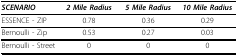
<table><thead><tr><td><b><i>SCENARIO</i></b></td><td><b><i>2 Mile Radius</i></b></td><td><b><i>5 Mile Radius</i></b></td><td><b><i>10 Mile Radius</i></b></td></tr></thead><tbody><tr><td>ESSENCE - ZIP</td><td>0.78</td><td>0.36</td><td>0.29</td></tr><tr><td>Bernoulli - Zip</td><td>0.53</td><td>0.27</td><td>0.03</td></tr><tr><td>Bernoulli - Street</td><td>0</td><td>0</td><td>0</td></tr></tbody></table>